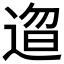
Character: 𬨰